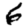
Digit: 6